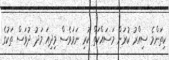
ކިތަންމެ ސިއްރު ކުރަން މަސައްކަތް ކުރި ނަމަވެސް މިދިއަ މަދު ދުވަސް ތަކުގެ